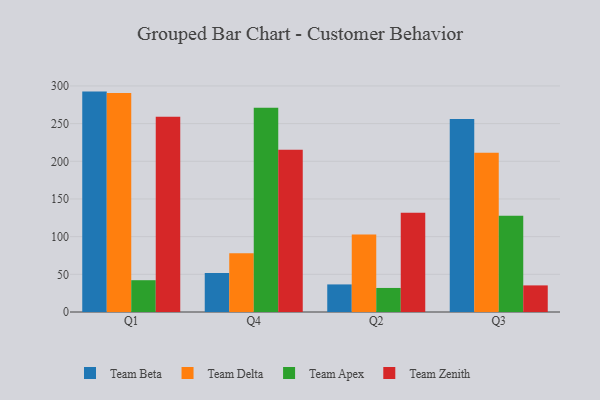
{"axis": {"x": "Quarter", "y": "Latency (ms)"}, "legend": ["Team Apex", "Team Beta", "Team Delta", "Team Zenith"], "data": [{"x": "Q1", "y": 292.5, "type": "Team Beta"}, {"x": "Q1", "y": 290.6, "type": "Team Delta"}, {"x": "Q1", "y": 42.2, "type": "Team Apex"}, {"x": "Q1", "y": 259.1, "type": "Team Zenith"}, {"x": "Q4", "y": 51.8, "type": "Team Beta"}, {"x": "Q4", "y": 78.0, "type": "Team Delta"}, {"x": "Q4", "y": 271.0, "type": "Team Apex"}, {"x": "Q4", "y": 215.3, "type": "Team Zenith"}, {"x": "Q2", "y": 36.6, "type": "Team Beta"}, {"x": "Q2", "y": 102.7, "type": "Team Delta"}, {"x": "Q2", "y": 31.9, "type": "Team Apex"}, {"x": "Q2", "y": 131.8, "type": "Team Zenith"}, {"x": "Q3", "y": 256.0, "type": "Team Beta"}, {"x": "Q3", "y": 211.2, "type": "Team Delta"}, {"x": "Q3", "y": 127.9, "type": "Team Apex"}, {"x": "Q3", "y": 35.3, "type": "Team Zenith"}]}